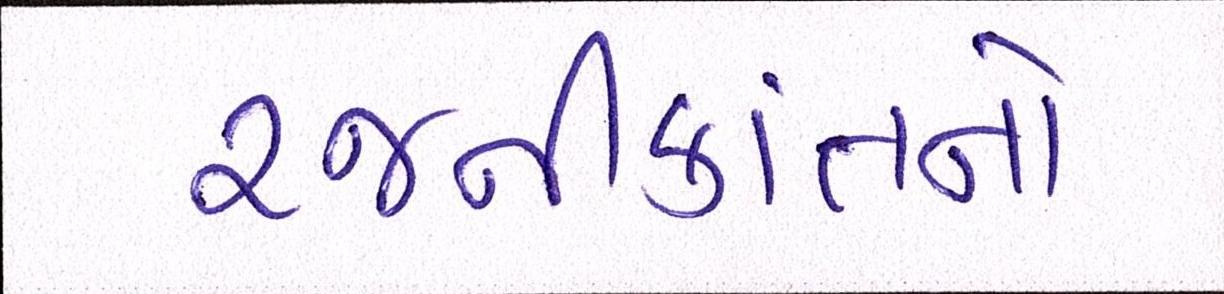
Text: રજનીકાંતનો